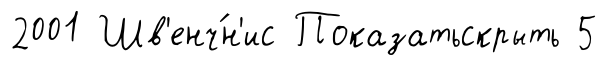
2001 Шв'енч́н'ис Показатьскрыть 5